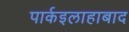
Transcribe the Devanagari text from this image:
पार्कइलाहाबाद